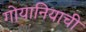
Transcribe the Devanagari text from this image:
गोयानियाची